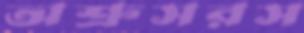
অশ্রুসরস